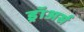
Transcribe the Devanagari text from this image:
ड्रॉअर्स